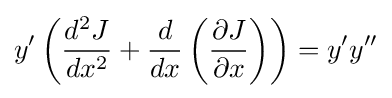
y'\left({d^{2}J \over dx^{2}}+{d \over dx}\left({\partial J \over \partial x}\right)\right)=y'y''